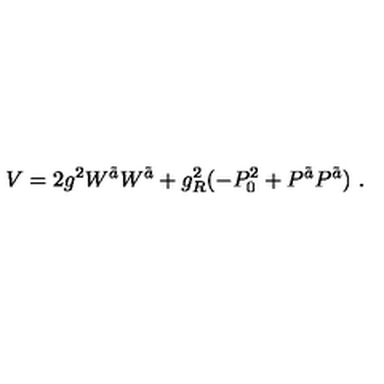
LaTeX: V = 2 g ^ { 2 } W ^ { \tilde { a } } W ^ { \tilde { a } } + g _ { R } ^ { 2 } ( - P _ { 0 } ^ { 2 } + P ^ { \tilde { a } } P ^ { \tilde { a } } ) \ .